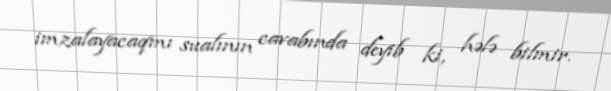
imzalayacaqmı sualının cavabında deyib ki, hələ bilmir.